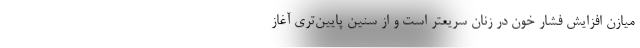
میازن افزایش فشار خون در زنان سریعتر است و از سنین پایین‌تری آغاز